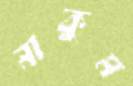
নাকুম